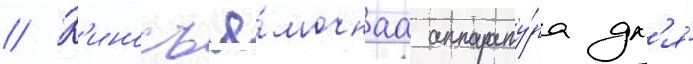
// К'иносъё́мочнаа аппарату́ра дл'я́